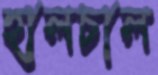
হালচাল